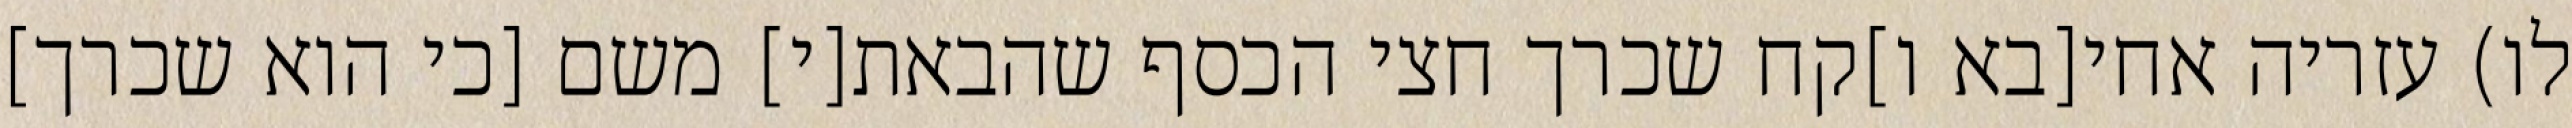
לו) עזריה אחי[בא ו]קח שכרך חצי הכסף שהבאת[י] משם [כי הוא שכרך]